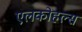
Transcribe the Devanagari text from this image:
एलकोहल्स